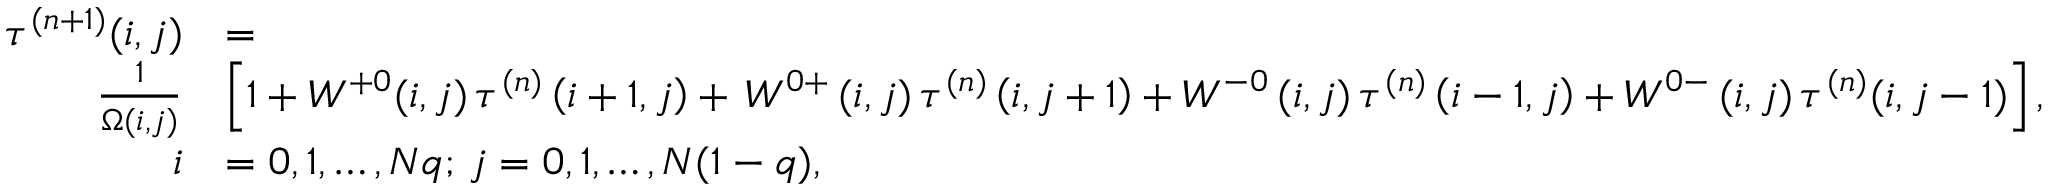
\begin{array} { r l } { \tau ^ { ( n + 1 ) } ( i , j ) } & { = } \\ { \frac { 1 } { \Omega ( i , j ) } } & { \left[ 1 + W ^ { + 0 } ( i , j ) \thinspace \tau ^ { ( n ) } \left( i + 1 , j \right) + \thinspace W ^ { 0 + } \thinspace ( i , j ) \thinspace \tau ^ { ( n ) } \left( i , j + 1 \right) + W ^ { - 0 } \thinspace ( i , j ) \thinspace \tau ^ { ( n ) } \left( i - 1 , j \right) + W ^ { 0 - } \thinspace ( i , j ) \thinspace \tau ^ { ( n ) } ( i , j - 1 ) \right] , } \\ { i } & { = 0 , 1 , \dots , N q ; \thinspace j = 0 , 1 , \dots , N ( 1 - q ) , } \end{array}